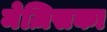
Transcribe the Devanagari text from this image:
मेज़िसका